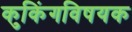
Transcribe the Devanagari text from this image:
कुकिंगविषयक